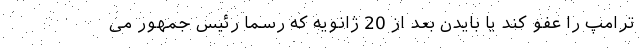
ترامپ را عفو کند یا بایدن بعد از 20 ژانویه که رسماً رئیس جمهور می